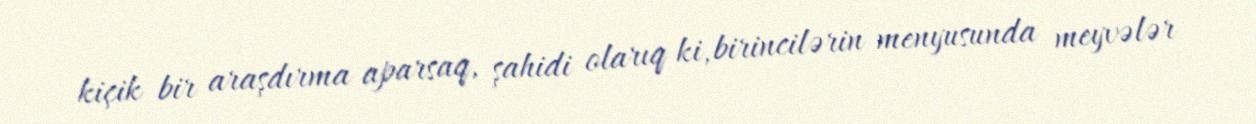
kiçik bir araşdırma aparsaq, şahidi olarıq ki, birincilərin menyusunda meyvələr